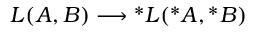
{ \cal L } ( A , B ) \longrightarrow \mathrm { } ^ { * } { \cal L } ( \mathrm { } ^ { * } A , \mathrm { } ^ { * } B )